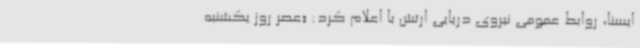
ایسنا، روابط عمومی نیروی دریایی ارتش با اعلام کرد: «عصر روز یکشنبه